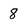
Character: 8